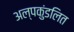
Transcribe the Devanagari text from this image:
अल्पकुंडलित